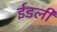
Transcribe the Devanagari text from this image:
ईडली